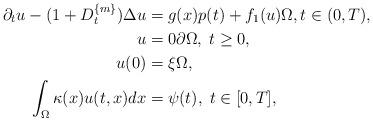
LaTeX: \begin{align*}\partial_t u - (1+D_t^{\{m\}})\Delta u & = g(x)p(t) + f_1(u) \Omega, t\in (0,T),\\u & = 0 \partial\Omega,\; t\ge 0,\\u(0) & = \xi \Omega, \\\int_\Omega \kappa(x)u(t,x)dx & = \psi(t),\; t\in [0,T],\end{align*}